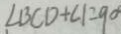
\angle B C D + \angle 1 = 9 0 ^ { \circ }